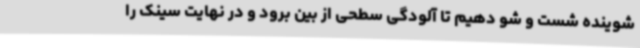
شوینده شست و شو دهیم تا آلودگی سطحی از بین برود و در نهایت سینک را